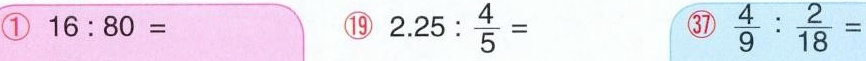
①$$1 6 : 8 0 =$$ ⑲$$2 . 2 5 : \frac { 4 } { 5 } =$$ ㊲ $$\frac { 4 } { 9 } : \frac { 2 } { 1 8 } =$$